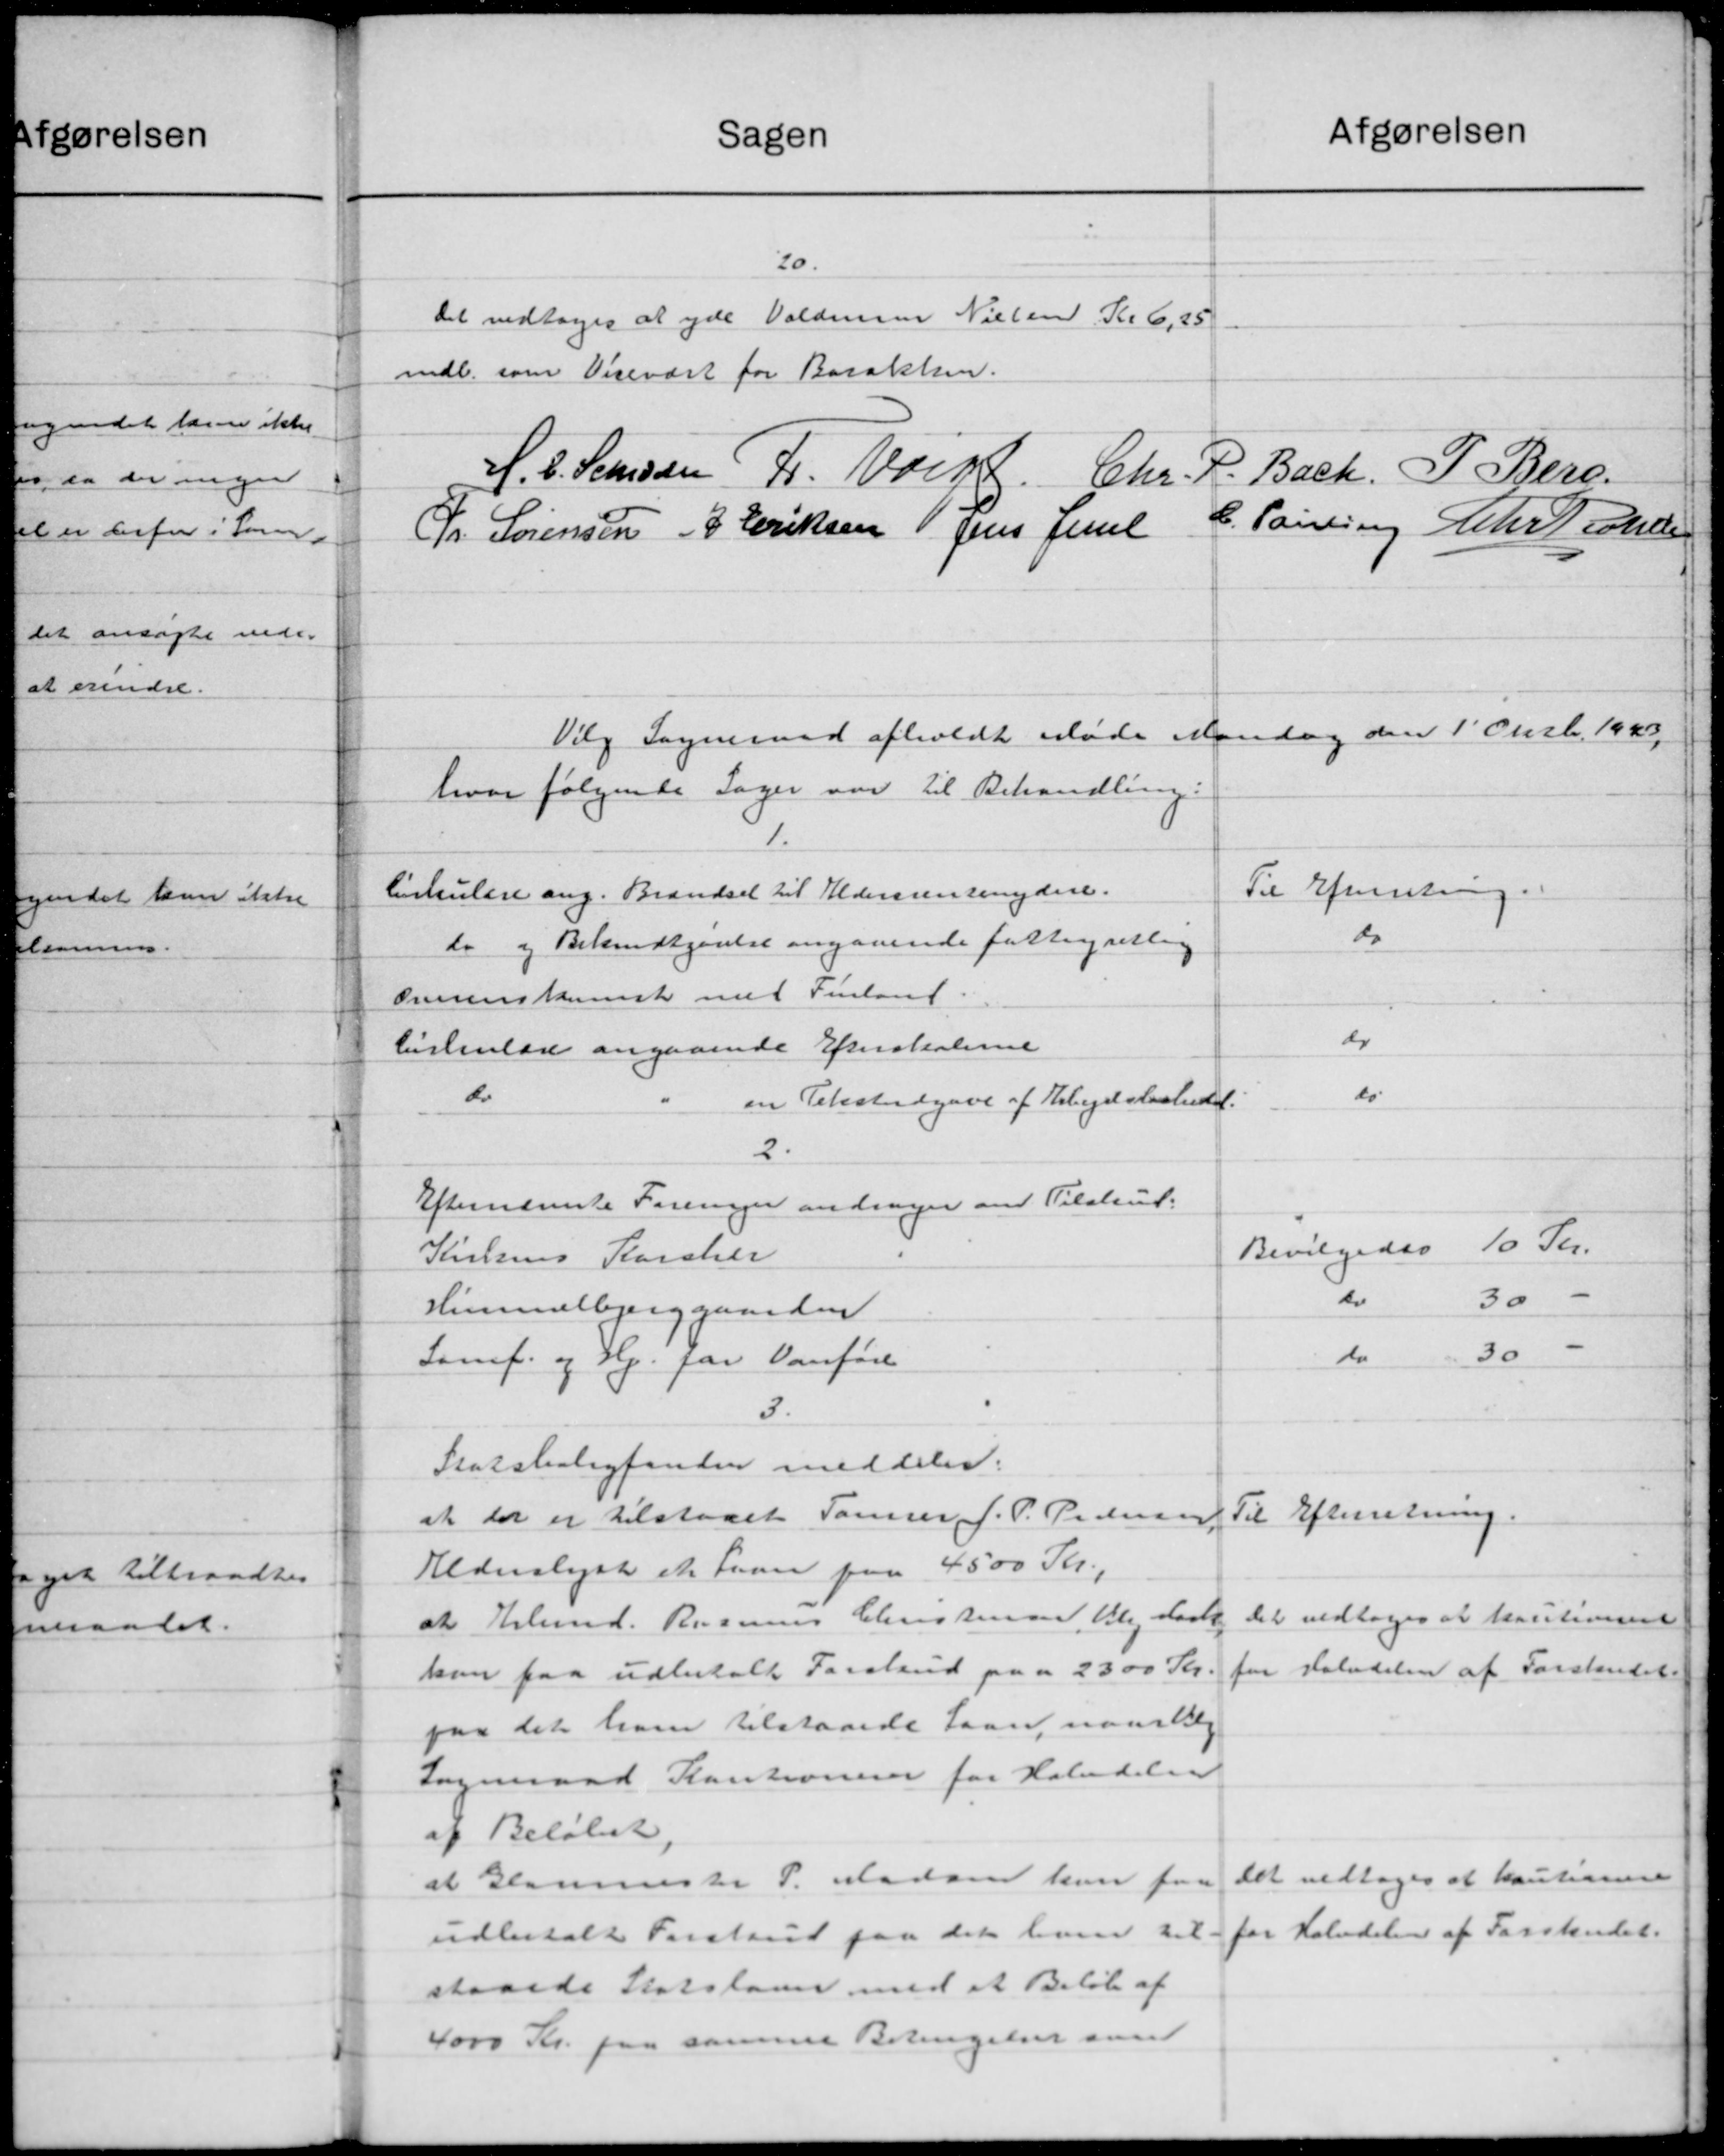
Transskription:
afgørelsen
Sagen
20.
Det vedtoges at yde Valdem Nielsen Kr 6,25
indb. som Visevært for Baraktsen.
S. C. Seesen, F. Voigt. Chr. P. Bach. P. Berg.
C. Poulsen Chr. Techsen
Fr. Sørensen P. Eriksen Jens Jense
Vilg Sogneraad afholdt Møde Mandag den 1' Oktb. 1940
hvor følgende Sager var til Behandling:
Til Efterretning.
Cirkulære ang. Brændsel til Aldersrentenydere.
do
do og Bekendtgørelse angaaende fattigentlig
Overenskomst med Finland.
do
Cirkulære angaaende Efterskolerne
do
do
en Tekstudgave af Arbejdsløshede.
2.
Efterneste Foreninger andrager om Tilskud.
Bevilgedes 10 Kr.
Kielsens Korcher
do
30
Himmelbjerggaarden
30
do
Samf. og Hj. for Vanføre
3.
Statsboligfonden meddeler.
Til Efterretning.
at der er tilstaaet Tømrer J. P. Pedersen
Alderslyst et Laan paa 4500 Kr.,
Det vedtoges at kautionen
at Arbmd. Rasmus Christensen, Bledark
for Halvdelen af Forskudet.
kan paa udbetalt Forskud paa 2300 Kr.
paa det ham tilstaaede Laan, naarlig
Sogneraad Kautionerer for Halvdelen
af Beløbet.
Det vedtoges at kautionere
at Hannester P. Madsen kan faa
for Halvdelen af Forskudet.
udbetalt Forskud paa det han til-
staaede Statslaan med et Beløb af
4000 Kr. paa samme Betingelser som